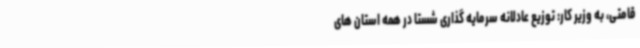
قامتی، به وزیر کار: توزیع عادلانه سرمایه گذاری شستا در همه استان های